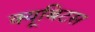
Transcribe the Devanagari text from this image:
क्यूबिटस